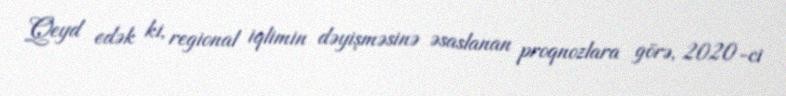
Qeyd edək ki, regional iqlimin dəyişməsinə əsaslanan proqnozlara görə, 2020-ci